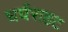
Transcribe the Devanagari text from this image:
घर्घराहट